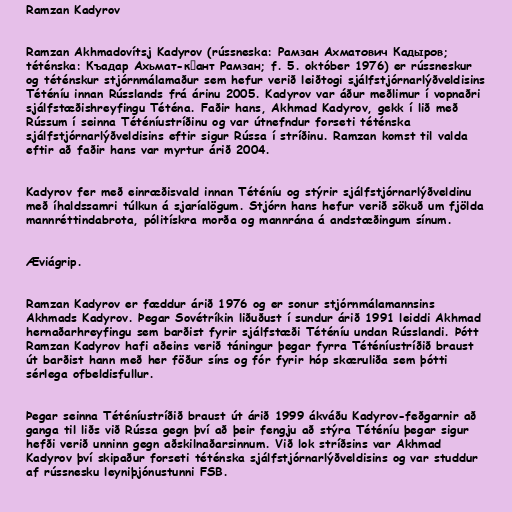
Ramzan Kadyrov

Ramzan Akhmadovítsj Kadyrov (rússneska: Рамзан Ахматович Кадыров;
téténska: Къадар Ахьмат-кӏант Рамзан; f. 5. október 1976) er rússneskur
og téténskur stjórnmálamaður sem hefur verið leiðtogi sjálfstjórnarlýðveldisins
Téténíu innan Rússlands frá árinu 2005. Kadyrov var áður meðlimur í vopnaðri
sjálfstæðishreyfingu Téténa. Faðir hans, Akhmad Kadyrov, gekk í lið með
Rússum í seinna Téténíustríðinu og var útnefndur forseti téténska
sjálfstjórnarlýðveldisins eftir sigur Rússa í stríðinu. Ramzan komst til valda
eftir að faðir hans var myrtur árið 2004.

Kadyrov fer með einræðisvald innan Téténíu og stýrir sjálfstjórnarlýðveldinu
með íhaldssamri túlkun á sjaríalögum. Stjórn hans hefur verið sökuð um fjölda
mannréttindabrota, pólitískra morða og mannrána á andstæðingum sínum.

Æviágrip.

Ramzan Kadyrov er fæddur árið 1976 og er sonur stjórnmálamannsins
Akhmads Kadyrov. Þegar Sovétríkin liðuðust í sundur árið 1991 leiddi Akhmad
hernaðarhreyfingu sem barðist fyrir sjálfstæði Téténíu undan Rússlandi. Þótt
Ramzan Kadyrov hafi aðeins verið táningur þegar fyrra Téténíustríðið braust
út barðist hann með her föður síns og fór fyrir hóp skæruliða sem þótti
sérlega ofbeldisfullur.

Þegar seinna Téténíustríðið braust út árið 1999 ákváðu Kadyrov-feðgarnir að
ganga til liðs við Rússa gegn því að þeir fengju að stýra Téténíu þegar sigur
hefði verið unninn gegn aðskilnaðarsinnum. Við lok stríðsins var Akhmad
Kadyrov því skipaður forseti téténska sjálfstjórnarlýðveldisins og var studdur
af rússnesku leyniþjónustunni FSB.